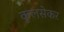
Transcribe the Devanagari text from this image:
कुलसेकर